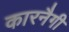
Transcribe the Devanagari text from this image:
कारनैगी